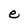
Character: e